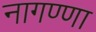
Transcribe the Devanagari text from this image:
नागण्णा